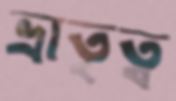
ভ্রাতৃত্ব